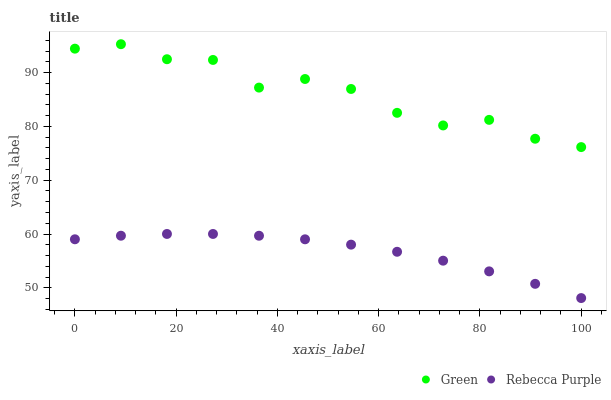
| xaxis_label | Green | Rebecca Purple |
 | --- | --- | --- |
 | 0 | 94.4 | 59 |
 | 9.09 | 95.3 | 59.7 |
 | 18.2 | 92.5 | 60 |
 | 27.3 | 92.3 | 60 |
 | 36.4 | 87.2 | 59.7 |
 | 45.5 | 88.8 | 59 |
 | 54.5 | 87 | 58 |
 | 63.6 | 82.5 | 56.7 |
 | 72.7 | 80.2 | 55 |
 | 81.8 | 81.2 | 53.1 |
 | 90.9 | 77.7 | 50.7 |
 | 100 | 76.2 | 48.1 |